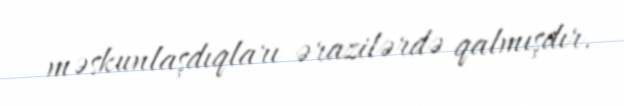
məskunlaşdıqları ərazilərdə qalmışdır.